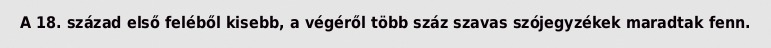
A 18. század első feléből kisebb, a végéről több száz szavas szójegyzékek maradtak fenn.